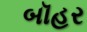
બૉહર